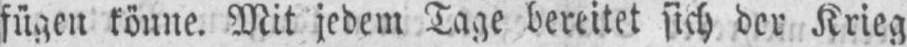
fügen könne. Mit jedem Tage bereitet sich der Krieg